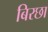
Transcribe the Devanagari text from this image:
बिरछा